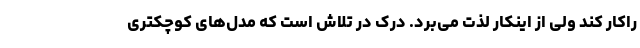
راکار کند ولی از اینکار لذت می‌برد. درک در تلاش است که مدل‌های کوچکتری